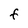
Character: F